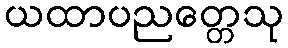
ယထာပညတ္တေသု